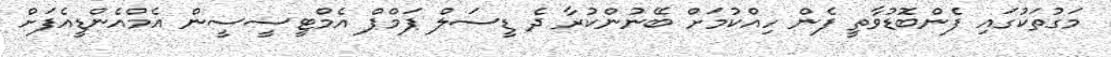
މަގުތަކުގައި ފެންބޮޑުވާތީ ފެން ހިއްކުމަށް ބޭނުންކުރާ ދެ ޑީސަލް ޕަމްޕް އެމްޓީސީސީން އެމްއެންޑީއެފަށް